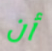
أن